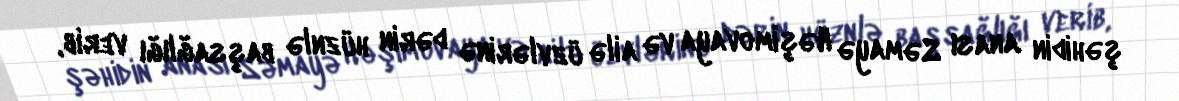
şəhidin anası Səmayə Həşimovaya və ailə üzvlərinə dərin hüznlə başsağlığı verib,